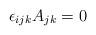
LaTeX: \begin{align*}\epsilon_{ijk}A_{jk}=0\end{align*}